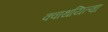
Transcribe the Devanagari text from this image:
क्वाथयित्वा